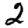
Digit: 2